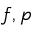
\boldsymbol f , p